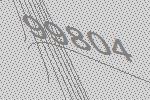
99804